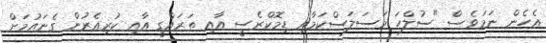
އެހެން ނަމަވެސް "ސުލްހަ މަސަލަސްކަމާއި ޑިމޮކްރެސީ އާއި ތަރައްގީ އާއި ކުރިއެރުން ގެނައުމަށް